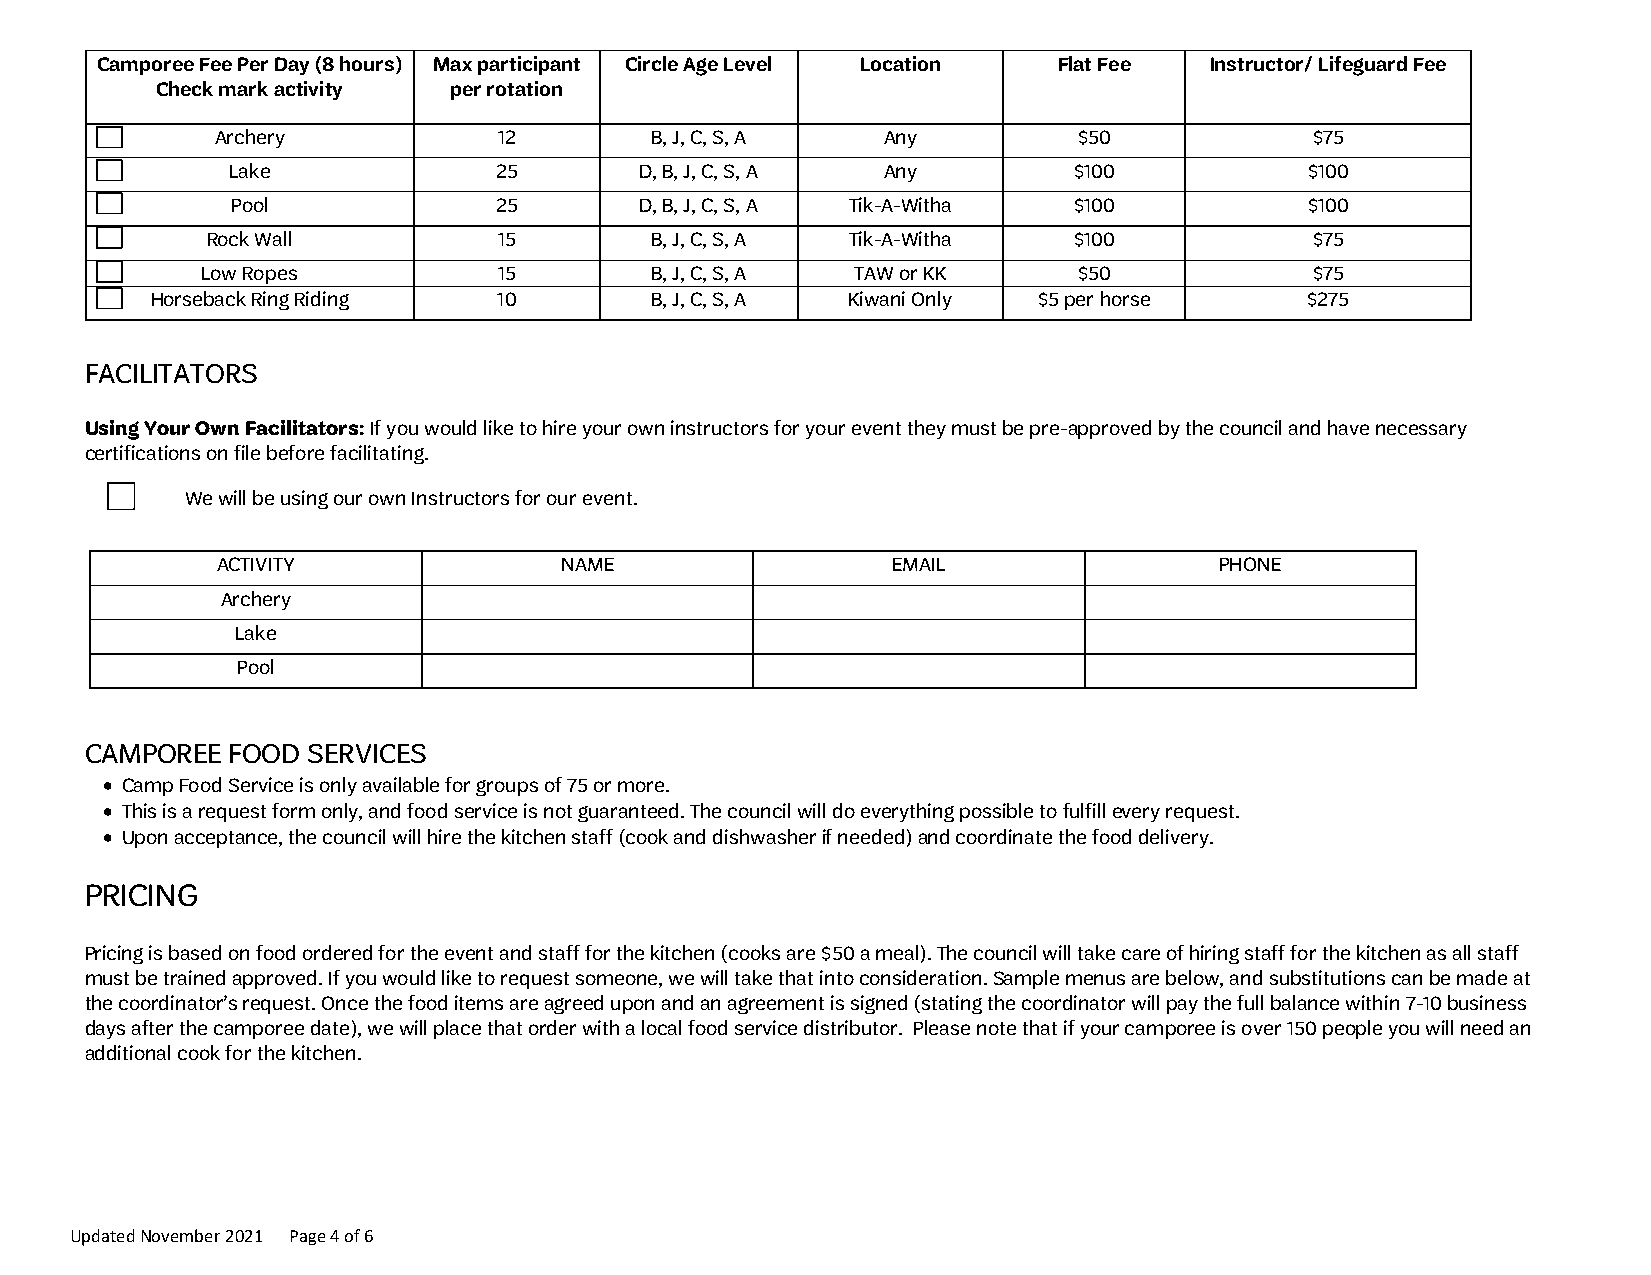
Camporee Fee Per Day (8 hours) Max participant Circle Age Level Location Flat Fee Instructor/ Lifeguard Fee
 Check mark activity per rotation
 Archery            12        B, J, C, S, A  Any          $50             $75
 Lake              25       D, B, J, C, S, A Any         $100            $100
 Pool              25       D, B, J, C, S, A Tik-A-Witha $100            $100
 Rock Wall          15        B, J, C, S, A Tik-A-Witha   $100            $75
 Low Ropes           15        B, J, C, S, A TAW or KK     $50             $75
 Horseback Ring Riding  10        B, J, C, S, A Kiwani Only $5 per horse     $275
 FACILITATORS
 Using Your Own Facilitators: If you would like to hire your own instructors for your event they must be pre-approved by the council and have necessary
 certifications on file before facilitating.
 We will be using our own Instructors for our event.
 ACTIVITY               NAME                  EMAIL                 PHONE
 Archery
 Lake
 Pool
 CAMPOREE FOOD SERVICES
 • Camp Food Service is only available for groups of 75 or more.
 • This is a request form only, and food service is not guaranteed. The council will do everything possible to fulfill every request.
 • Upon acceptance, the council will hire the kitchen staff (cook and dishwasher if needed) and coordinate the food delivery.
 PRICING
 Pricing is based on food ordered for the event and staff for the kitchen (cooks are $50 a meal). The council will take care of hiring staff for the kitchen as all staff
 must be trained approved. If you would like to request someone, we will take that into consideration. Sample menus are below, and substitutions can be made at
 the coordinator’s request. Once the food items are agreed upon and an agreement is signed (stating the coordinator will pay the full balance within 7-10 business
 days after the camporee date), we will place that order with a local food service distributor. Please note that if your camporee is over 150 people you will need an
 additional cook for the kitchen.
 Updated November 2021 Page 4 of 6